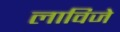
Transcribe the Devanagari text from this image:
लाविजे